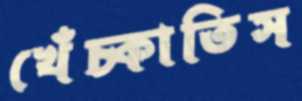
খেঁচ্‌কাতিস